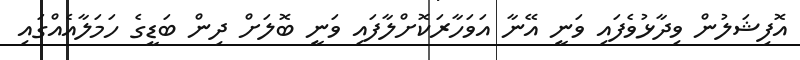
އޮފިޝަލުން ވިދާޅުވެފައި ވަނީ އޭނާ އަވަހާރަކޮށްލާފައި ވަނީ ބޮލަށް ދިން ބަޑީގެ ހަމަލާއެއްގައި